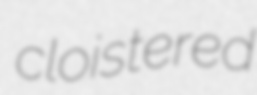
cloistered